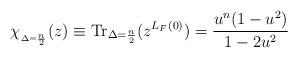
LaTeX: \begin{align*}\chi_{_{\Delta= \frac {n}{2}}}(z) \equiv \mbox{Tr}_{\Delta=\frac {n}{2}} (z^{L_F(0)}) =\frac {u^n(1-u^2)}{1-2u^2}\end{align*}